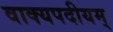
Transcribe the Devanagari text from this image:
वाक्यपदीयम्